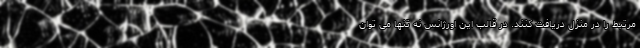
مرتبط را در منزل دریافت کنند. در قالب این اورژانس نه تنها می توان